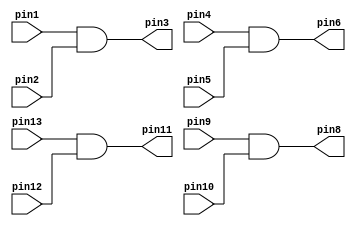
module v7408 (pin1, pin2, pin4, pin5, pin9, pin10, pin13, pin12,
              pin3, pin6, pin11, pin8);
	input pin1, pin2, pin4, pin5, pin9, pin10, pin13, pin12;
	output pin3, pin6, pin11, pin8;

	assign pin3=pin1&pin2;
	assign pin6=pin4&pin5;
	assign pin11=pin13&pin12;
	assign pin8=pin9&pin10;

endmodule

module v7432(pin1, pin2, pin4, pin5, pin9, pin10, pin13, pin12,
              pin3, pin6, pin11, pin8);

 	input pin1, pin2, pin4, pin5, pin9, pin10, pin13, pin12;
	output pin3, pin6, pin11, pin8;

	assign pin3=pin1|pin2;
	assign pin6=pin4|pin5;
	assign pin11=pin13|pin12;
	assign pin8=pin9|pin10;

endmodule

module v7404(pin1, pin3, pin5, pin13, pin11, pin9,
             pin2, pin4, pin6, pin8, pin10, pin12);

	input pin1, pin3, pin5, pin13, pin11, pin9;
	output pin2, pin4, pin6, pin8, pin10, pin12;

	assign pin2=~pin1;
	assign pin4=~pin3;
	assign pin6=~pin5;
	assign pin12=~pin13;
	assign pin10=~pin11;
	assign pin8=~pin9;

endmodule

module mux2to1(x, y, s, m);
	input x,y,s;
	output m;
	
	wire c1,c2,c3;
	v7404 u1 (.pin1(s),.pin2(c1));
	v7408 u2 (.pin1(c1),.pin2(x),.pin3(c2));
	v7408 u3 (.pin4(s),.pin5(y),.pin6(c3));
	v7432 u4 (.pin1(c2),.pin2(c3),.pin3(m));
endmodule